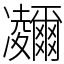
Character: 鿛